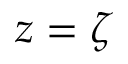
z = \zeta